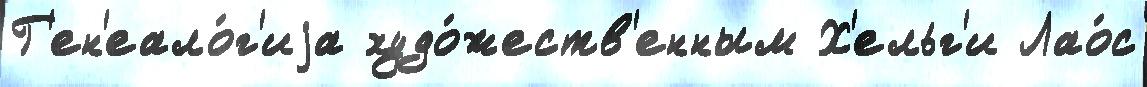
Г'ен'еало́г'иjа худо́жеств'енным Х'ельг'и Лао́с